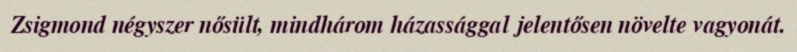
Zsigmond négyszer nősült, mindhárom házassággal jelentősen növelte vagyonát.